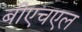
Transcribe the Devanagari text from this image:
बीएचएल